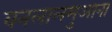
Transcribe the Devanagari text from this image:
वनलालमुआना